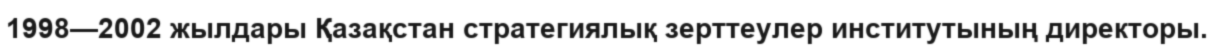
1998—2002 жылдары Қазақстан стратегиялық зерттеулер институтының директоры.